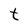
Character: t